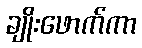
ချိုးဖောက်ကာ